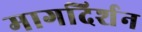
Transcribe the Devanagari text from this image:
मागदिर्शन